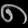
Digit: ၈